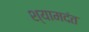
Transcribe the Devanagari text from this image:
श्यामदंत